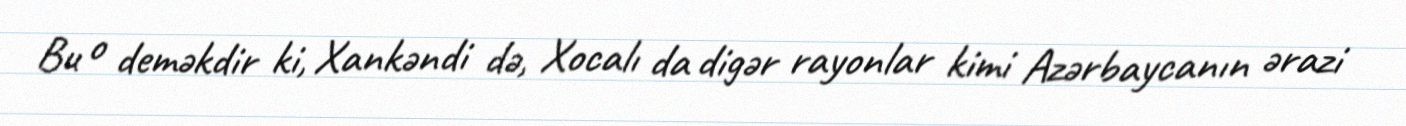
Bu o deməkdir ki, Xankəndi də, Xocalı da digər rayonlar kimi Azərbaycanın ərazi